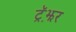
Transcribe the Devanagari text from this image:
ट्रॅझ़र